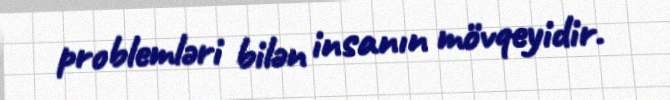
problemləri bilən insanın mövqeyidir.